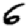
Digit: 6